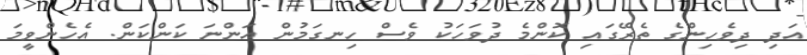
އަދި ދިވެހިންގެ ތެރޭގައި ކޮންމެ ދުވަހަކު ވެސް ހިނގަމުން އަންނަ ކަންކަން. އެހެންވީމަ